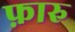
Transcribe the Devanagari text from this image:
फ़ारु